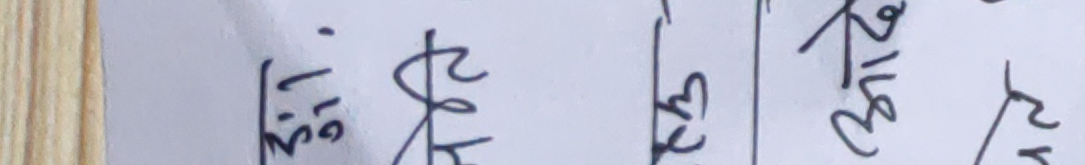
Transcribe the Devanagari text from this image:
१७.३१ अग्नि कृषि खरिद नयाँ